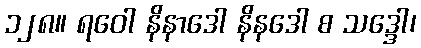
၁၂၈။ ရဝေါ နိနာဒေါ နိနဒေါ စ သဒ္ဒေါ၊